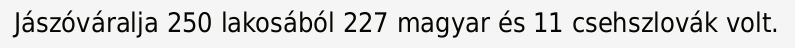
Jászóváralja 250 lakosából 227 magyar és 11 csehszlovák volt.